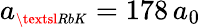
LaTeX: a_{\scriptscriptstyle\textsl{RbK}}=178\, a_{0}